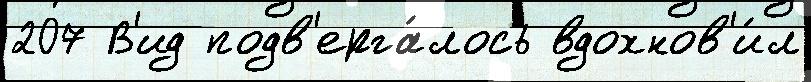
207 В'ид подв'ерга́лось вдохнов'и́л